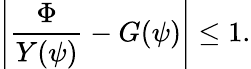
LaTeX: \left|\frac{\Phi}{Y(\psi)}-G(\psi)\right|\leq 1.